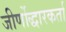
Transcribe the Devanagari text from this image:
जीर्णोद्धारकर्ता